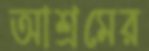
আশ্রমের